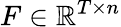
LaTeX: F\in\mathbb{R}^{T\times n}